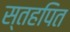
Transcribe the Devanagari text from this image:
स्तहपित